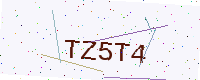
Text: TZ5T4